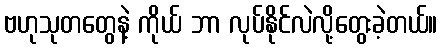
ဗဟုသုတတွေနဲ့ ကိုယ် ဘာ လုပ်နိုင်လဲလို့တွေးခဲ့တယ်။